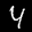
Label: 4